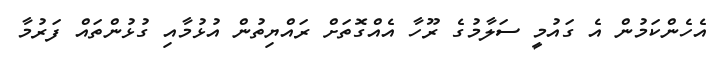
އެހެންކަމުން އެ ގައުމީ ސަލާމުގެ ރޫހާ އެއްގޮތަށް ރައްޔިތުން އުޅުމާއި ގުޅުންތައް ފަރުމާ